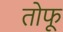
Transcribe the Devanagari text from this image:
तोफू